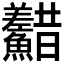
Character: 𩽫